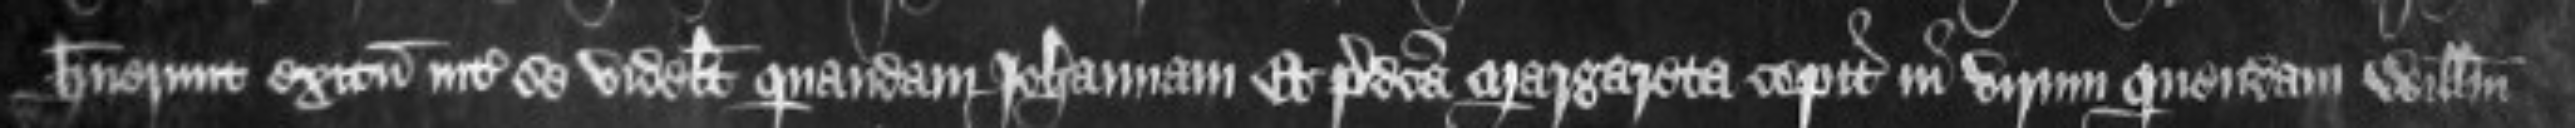
habuerunt exitum inter se videlicet quandam Johannam Et predicta Margareta cepit in virum quendam Willelmum